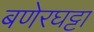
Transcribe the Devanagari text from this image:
बणेरघट्टा